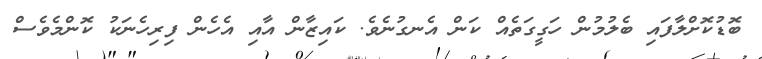
ބޮޑުކޮށްލާފައި ބެލުމުން ހަގީގަތެއް ކަން އެނގުނެވެ. ކައިޒާން އާއި އެހެން ފިރިހެނަކު ކޮންމެވެސް